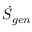
\dot { S } _ { g e n }